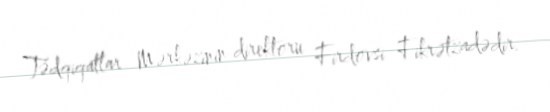
Tədqiqatlar Mərkəzinin direktoru Firdovsi Fikrətzadədir.